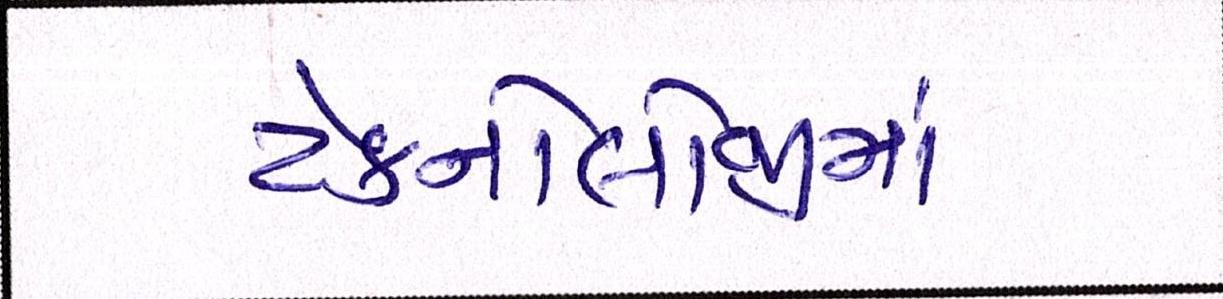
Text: ટેક્નોલોજીમાં